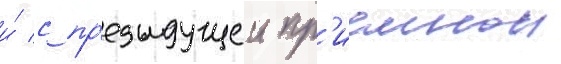
и́ с пр'едыдущеи пр'иемнои